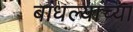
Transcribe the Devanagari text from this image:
बांधल्याच्या